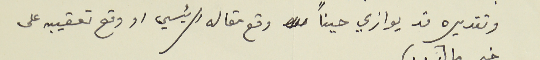
وتقديره قد يوازي حيناً وقع مقاله الرئيسي او وقع تعقيبه على